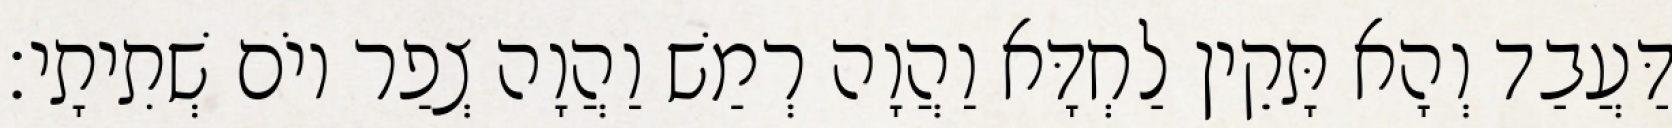
דַּעֲבַד וְהָא תָּקֵין לַחְדָּא וַהֲוָה רְמַשׁ וַהֲוָה צְפַר יוֹם שְׁתִיתָי׃